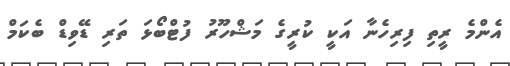
އެންމެ ރީތި ފިރިހެނާ އަކީ ކުރީގެ މަޝްހޫރު ފުޓްބޯޅަ ތަރި ޑޭވިޑް ބެކަމް